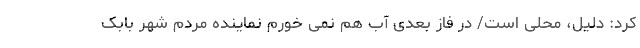
کرد: دلیل، محلی است/ در فاز بعدی آب هم نمی خورم نماینده مردم شهر بابک